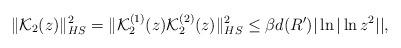
LaTeX: \begin{align*} \|\mathcal{K}_2 (z)\|^2_{HS} = \| \mathcal{K}_2^{(1)} (z) \mathcal{K}_2^{(2)}(z) \|^2_{HS} \leq \beta d(R') |\ln |\ln z^2|| , \end{align*}